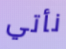
نأتي